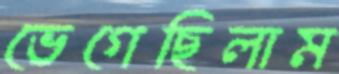
ভেগেছিলাম